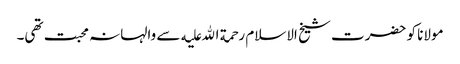
مولانا کو حضرت شیخ الاسلام رحمة الله علیه سے والہانہ محبت تھی۔